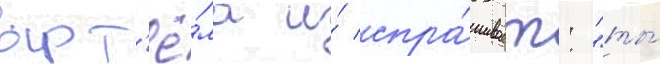
арт'ё́ма и́ спра́шивает: "ты́